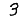
Digit: 3